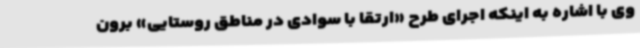
وی با اشاره به اینکه اجرای طرح «ارتقا با سوادی در مناطق روستایی» برون